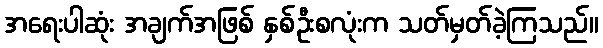
အရေးပါဆုံး အချက်အဖြစ် နှစ်ဦးစလုံးက သတ်မှတ်ခဲ့ကြသည်။